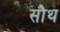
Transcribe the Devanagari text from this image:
सौथ